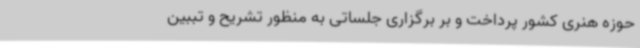
حوزه هنری کشور پرداخت و بر برگزاری جلساتی به منظور تشریح و تببین